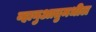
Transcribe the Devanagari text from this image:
व्हानुआतुमधील